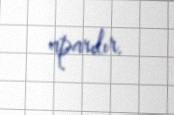
aparılır.